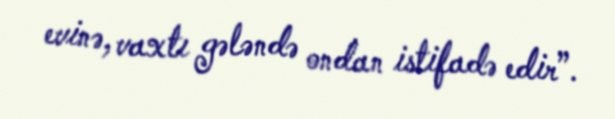
evinə, vaxtı gələndə ondan istifadə edir”.